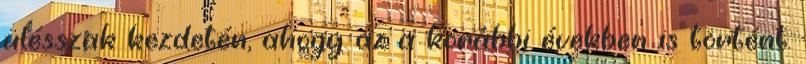
ülésszak kezdetén, ahogy az a korábbi években is történt.